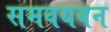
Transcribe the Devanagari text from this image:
समवयवन